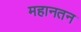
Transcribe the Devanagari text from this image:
महानतन